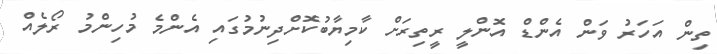
ތިން އަހަރު ވަން އެންޑް އޮންލީ ރީތިރަށް ކާމިޔާބުކޮށްދިނުމުގައި އެންމެ މުހިންމު ރޯލެއް